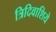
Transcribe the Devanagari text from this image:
त्रिदिवाशिये